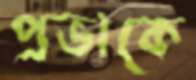
প্রভাকে